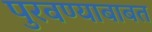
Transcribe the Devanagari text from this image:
पुरवण्याबाबत